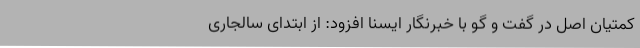
کمتیان اصل در گفت و گو با خبرنگار ایسنا افزود: از ابتدای سالجاری